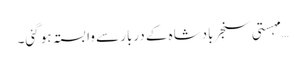
… مہستی سنجر بادشاہ کے دربار سے وابستہ ہو گئی۔